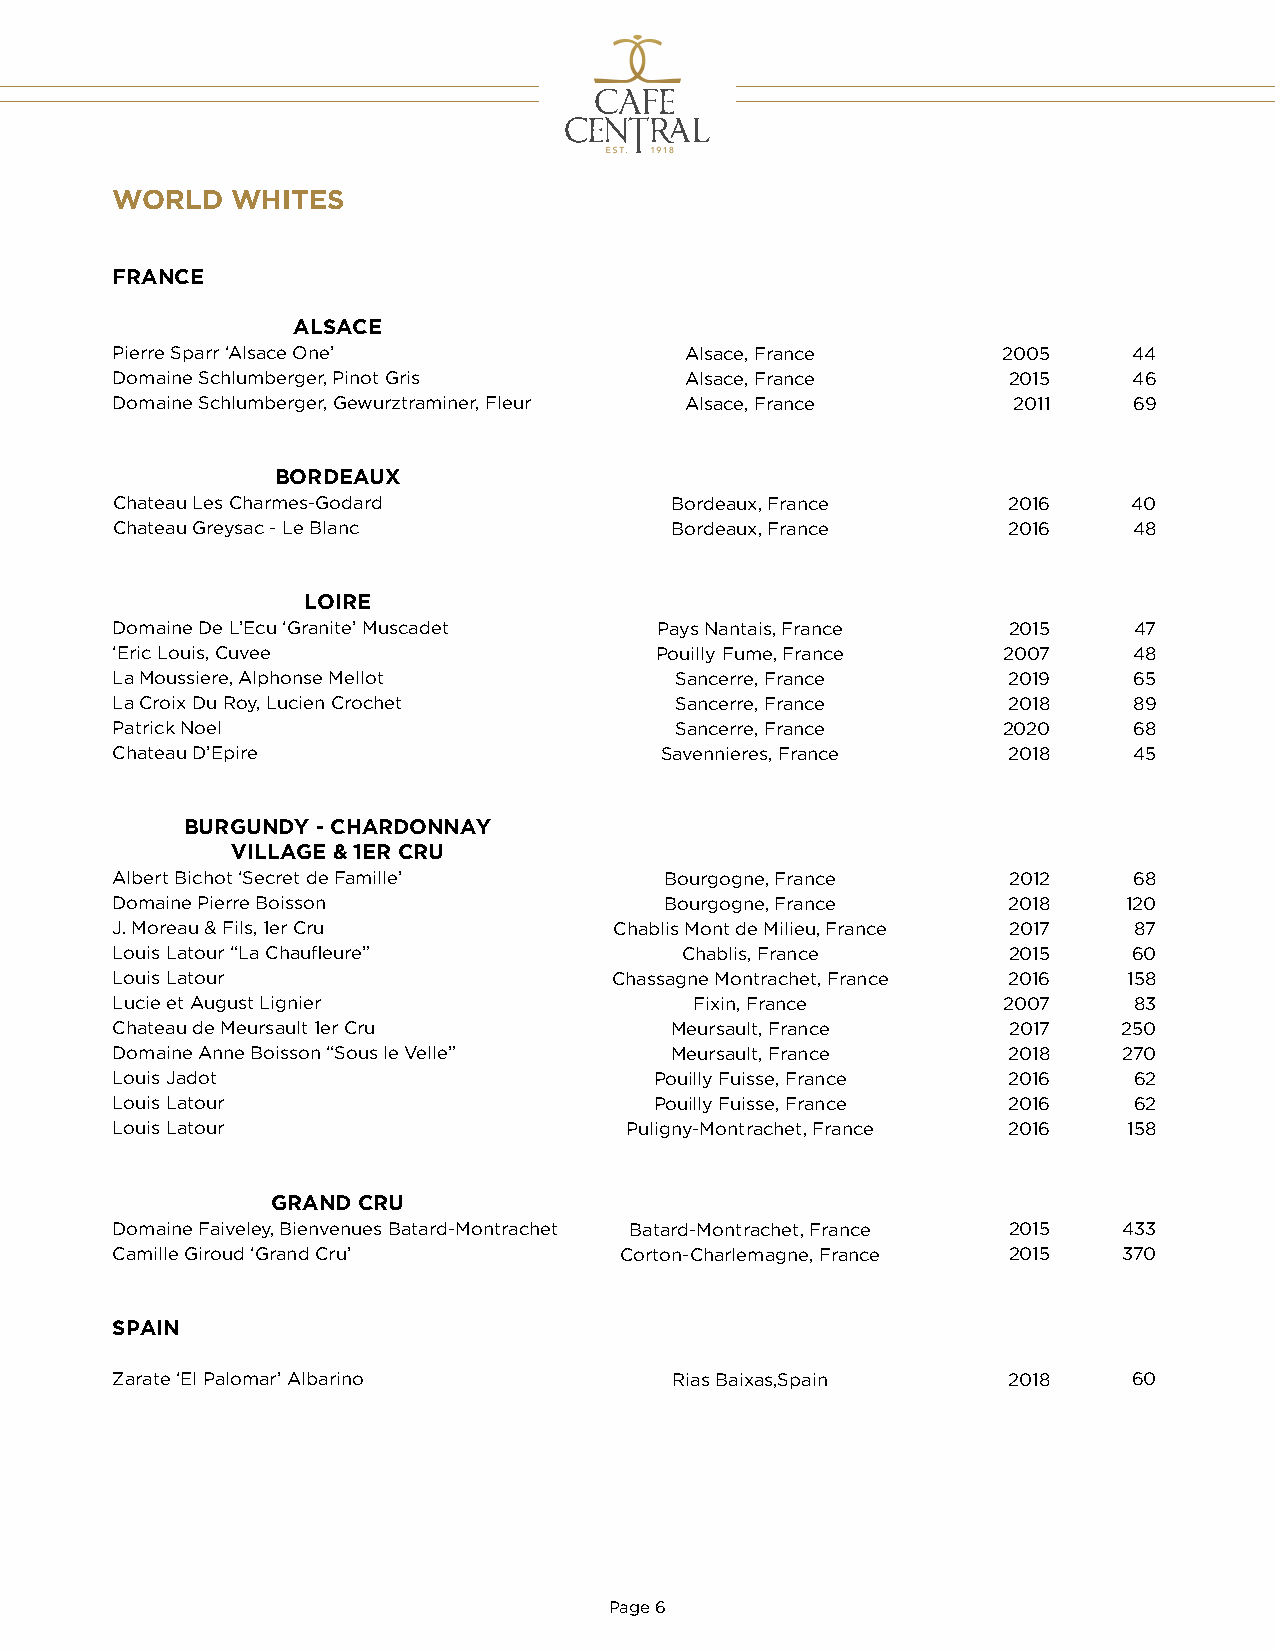
WORLD   WHITES
 FRANCE
 ALSACE
 Pierre Sparr ‘Alsace One’             Alsace, France       2005     44
 Domaine Schlumberger, Pinot Gris      Alsace, France        2015    46
 Domaine Schlumberger, Gewurztraminer, Fleur Alsace, France  2011    69
 BORDEAUX
 Chateau Les Charmes-Godard           Bordeaux, France       2016    40
 Chateau Greysac - Le Blanc           Bordeaux, France       2016    48
 LOIRE
 Domaine De L’Ecu ‘Granite’ Muscadet  Pays Nantais, France   2015    47
 ‘Eric Louis, Cuvee                  Pouilly Fume, France   2007     48
 La Moussiere, Alphonse Mellot         Sancerre, France      2019    65
 La Croix Du Roy, Lucien Crochet       Sancerre, France      2018    89
 Patrick Noel                          Sancerre, France     2020     68
 Chateau D’Epire                      Savennieres, France    2018    45
 BURGUNDY - CHARDONNAY
 VILLAGE & 1ER CRU
 Albert Bichot ‘Secret de Famille’    Bourgogne, France      2012    68
 Domaine Pierre Boisson               Bourgogne, France      2018    120
 J. Moreau & Fils, 1er Cru         Chablis Mont de Milieu, France 2017 87
 Louis Latour “La Chaufleure”          Chablis, France       2015    60
 Louis Latour                     Chassagne Montrachet, France 2016  158
 Lucie et August Lignier                Fixin, France       2007     83
 Chateau de Meursault 1er Cru         Meursault, France      2017   250
 Domaine Anne Boisson “Sous le Velle” Meursault, France      2018   270
 Louis Jadot                         Pouilly Fuisse, France  2016    62
 Louis Latour                        Pouilly Fuisse, France  2016    62
 Louis Latour                      Puligny-Montrachet, France 2016   158
 GRAND CRU
 Domaine Faiveley, Bienvenues Batard-Montrachet Batard-Montrachet, France 2015 433
 Camille Giroud ‘Grand Cru’        Corton-Charlemagne, France 2015  370
 SPAIN
 Zarate ‘El Palomar’ Albarino          Rias Baixas,Spain     2018    60
 Page 6